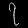
Digit: ၇